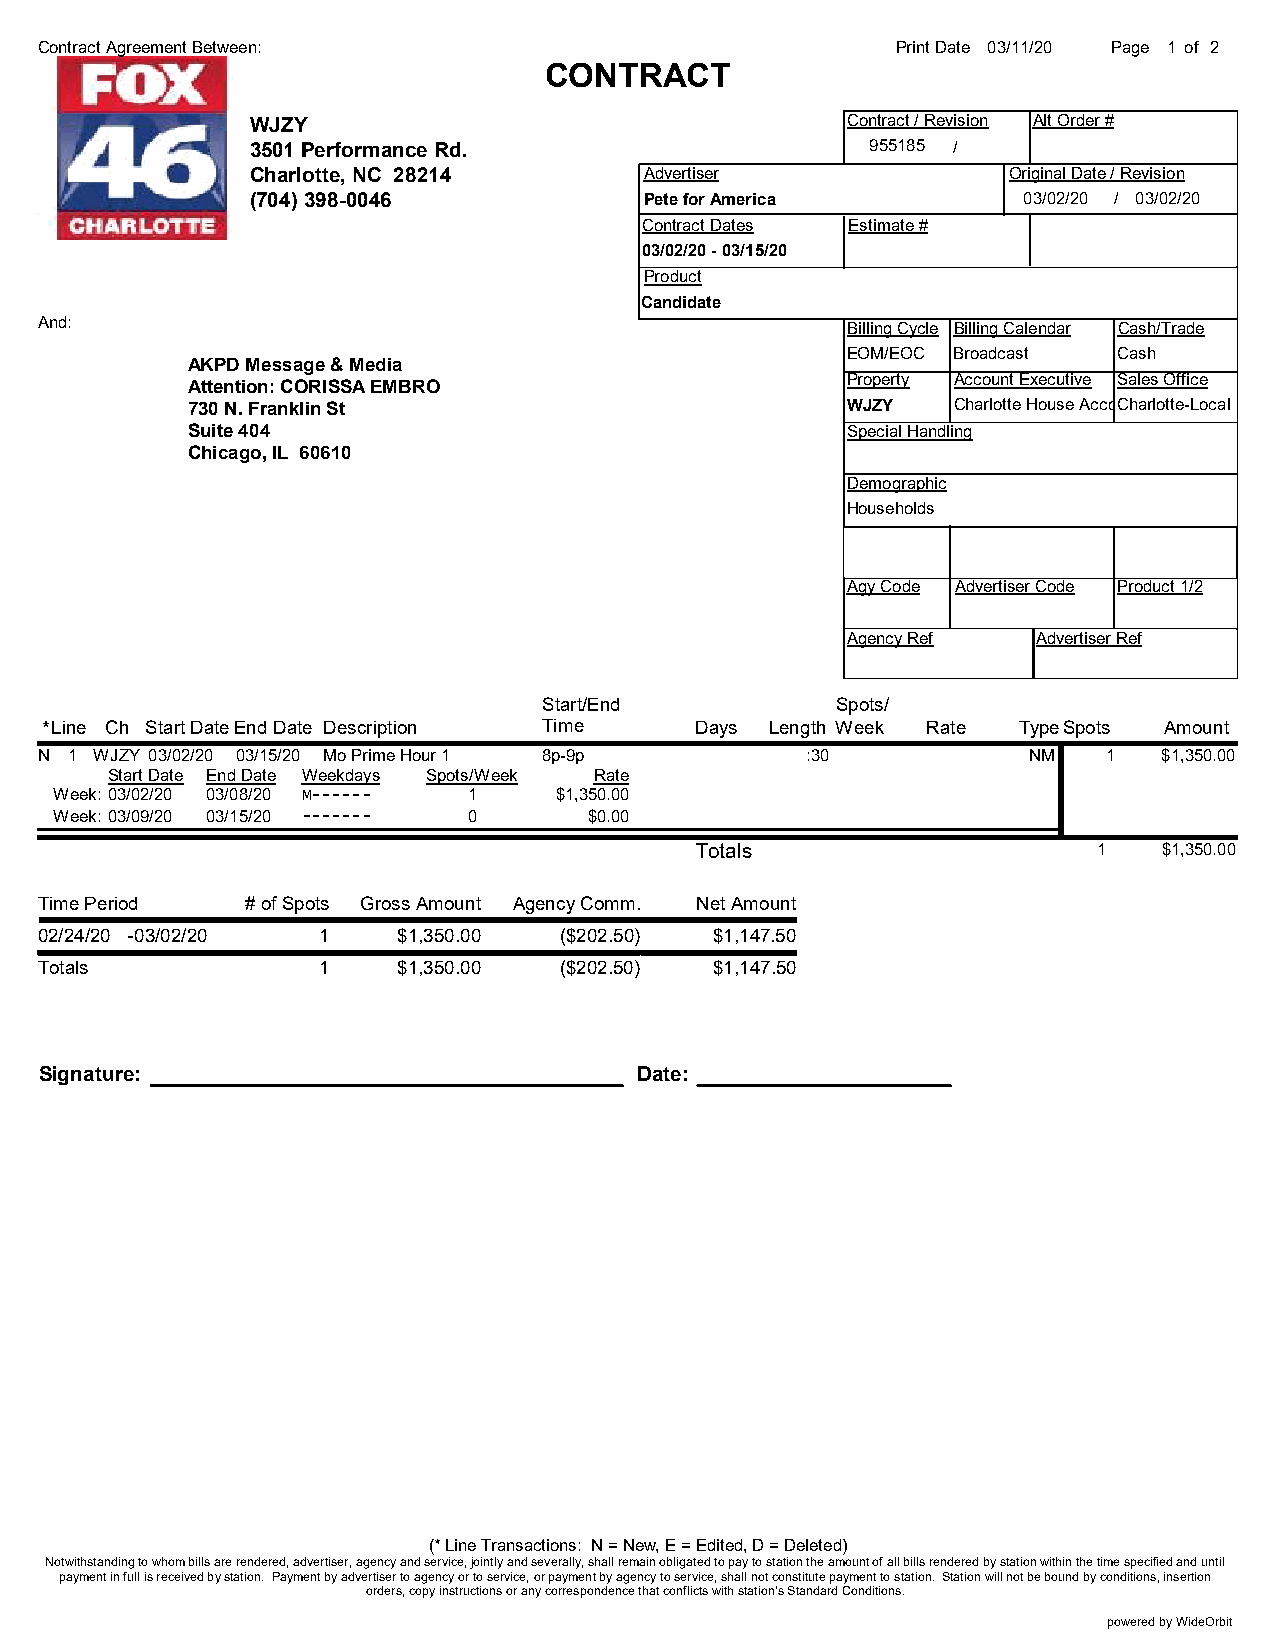
Contract Agreement Between:                              Print Date 03/11/20 Page 1 of 2
 CONTRACT
 WJZY                                   Contract / Revision Alt Order #
 3501 Performance Rd.                     955185 /
 Charlotte, NC 28214       Advertiser              Original Date / Revision
 (704) 398-0046            Pete for America         03/02/20 / 03/02/20
 Contract Dates Estimate #
 03/02/20 - 03/15/20
 Product
 Candidate
 And:                                                  Billing Cycle Billing Calendar Cash/Trade
 EOM/EOC Broadcast Cash
 AKPD Message & Media
 Attention: CORISSA EMBRO                    Property Account Executive Sales Office
 730 N. Franklin St                          WJZY   Charlotte House AccouCnhtarlotte-Local
 Suite 404                                   Special Handling
 Chicago, IL 60610
 Demographic
 Households
 Agy Code Advertiser Code Product 1/2
 Agency Ref   Advertiser Ref
 Start/End          Spots/
 *Line Ch Start DateEnd Date Description Time Days Length Week Rate TypeSpots Amount
 N 1 WJZY 03/02/20 03/15/20 Mo Prime Hour 1 8p-9p   :30            NM   1   $1,350.00
 Start Date End Date Weekdays Spots/Week Rate
 Week: 03/02/20 03/08/20 M------ 1 $1,350.00
 Week: 03/09/20 03/15/20 ------- 0  $0.00
 Totals                     1   $1,350.00
 Time Period   # of Spots Gross Amount Agency Comm. Net Amount
 02/24/20 -03/02/20 1    $1,350.00  ($202.50) $1,147.50
 Totals             1    $1,350.00  ($202.50) $1,147.50
 Signature:                             Date:
 (* Line Transactions: N = New, E = Edited, D = Deleted)
 Notwithstanding to whom bills are rendered, advertiser, agency and service, jointly and severally, shall remain obligated to pay to station the amount of all bills rendered by station within the time specified and until
 payment in full is received by station. Payment by advertiser to agency or to service, or payment by agency to service, shall not constitute payment to station. Station will not be bound by conditions, insertion
 orders, copy instructions or any correspondence that conflicts with station’s Standard Conditions.
 powered by WideOrbit